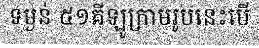
ទម្ងន់ ៥១គីឡូក្រាមរូបនេះបើ